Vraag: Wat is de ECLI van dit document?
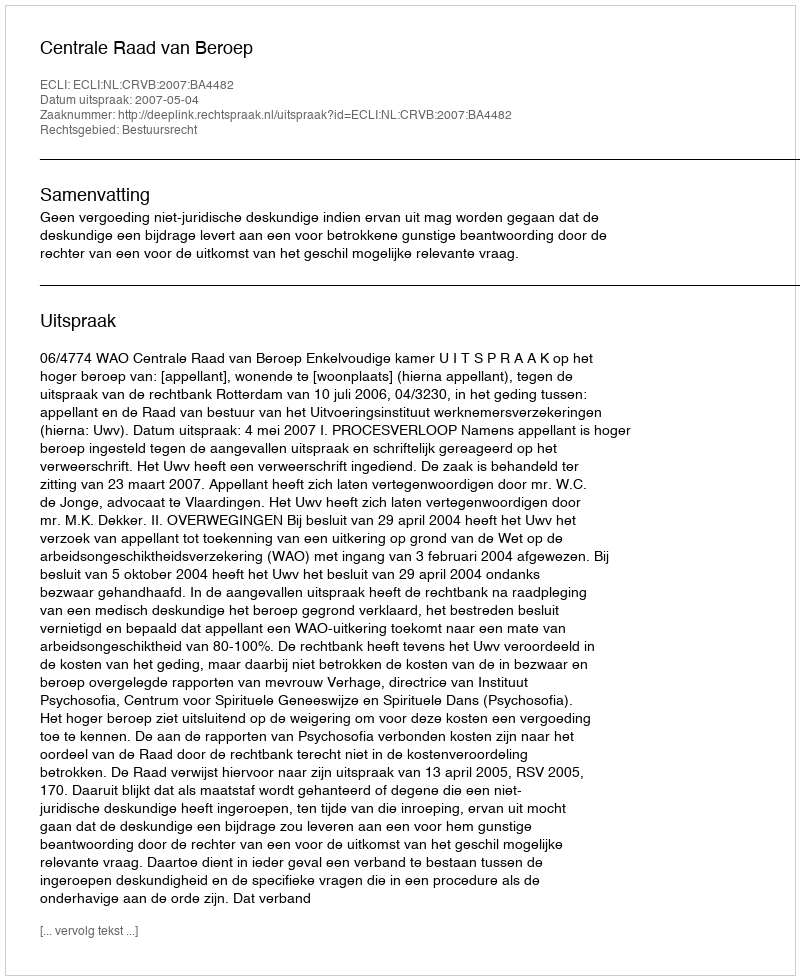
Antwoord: ECLI:NL:CRVB:2007:BA4482